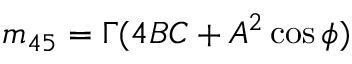
m _ { 4 5 } = \Gamma ( 4 B C + A ^ { 2 } \cos \phi )